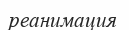
реанимация